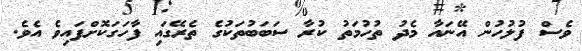
ވެސް ފުލުހުން އޭނައާ މެދު ތުހުމަތު ކުރާ ސަބަބުތަކުގެ ތެރޭގައި ފާހަގަކޮށްފައިވެ އެވެ.